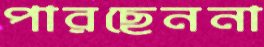
পারছেননা